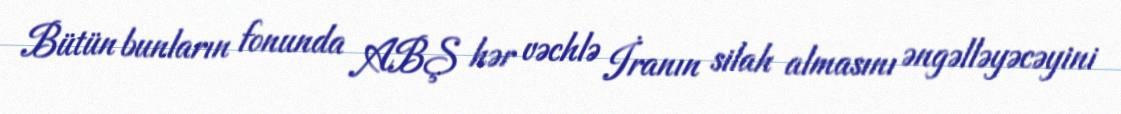
Bütün bunların fonunda ABŞ hər vəchlə İranın silah almasını əngəlləyəcəyini